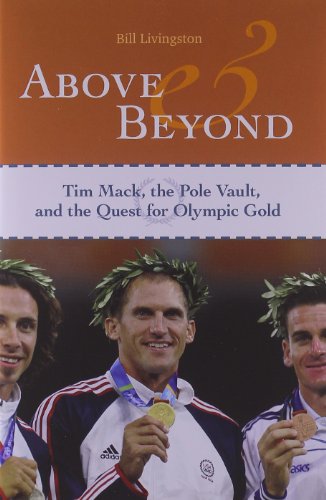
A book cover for Above and Beyond: Tim Mack, the Pole Vault, and the Quest for Olympic Gold; Bill Livingston; Sports & Outdoors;